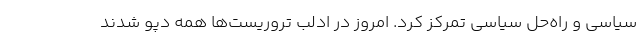
سیاسی و راه‌حل سیاسی تمرکز کرد. امروز در ادلب تروریست‌ها همه دپو شدند